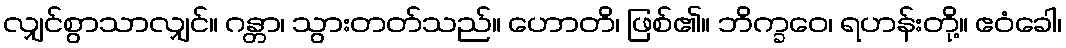
လျှင်စွာသာလျှင်။ ဂန္တာ၊ သွားတတ်သည်။ ဟောတိ၊ ဖြစ်၏။ ဘိက္ခဝေ၊ ရဟန်းတို့။ ဧဝံခေါ၊